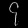
Digit: ၄